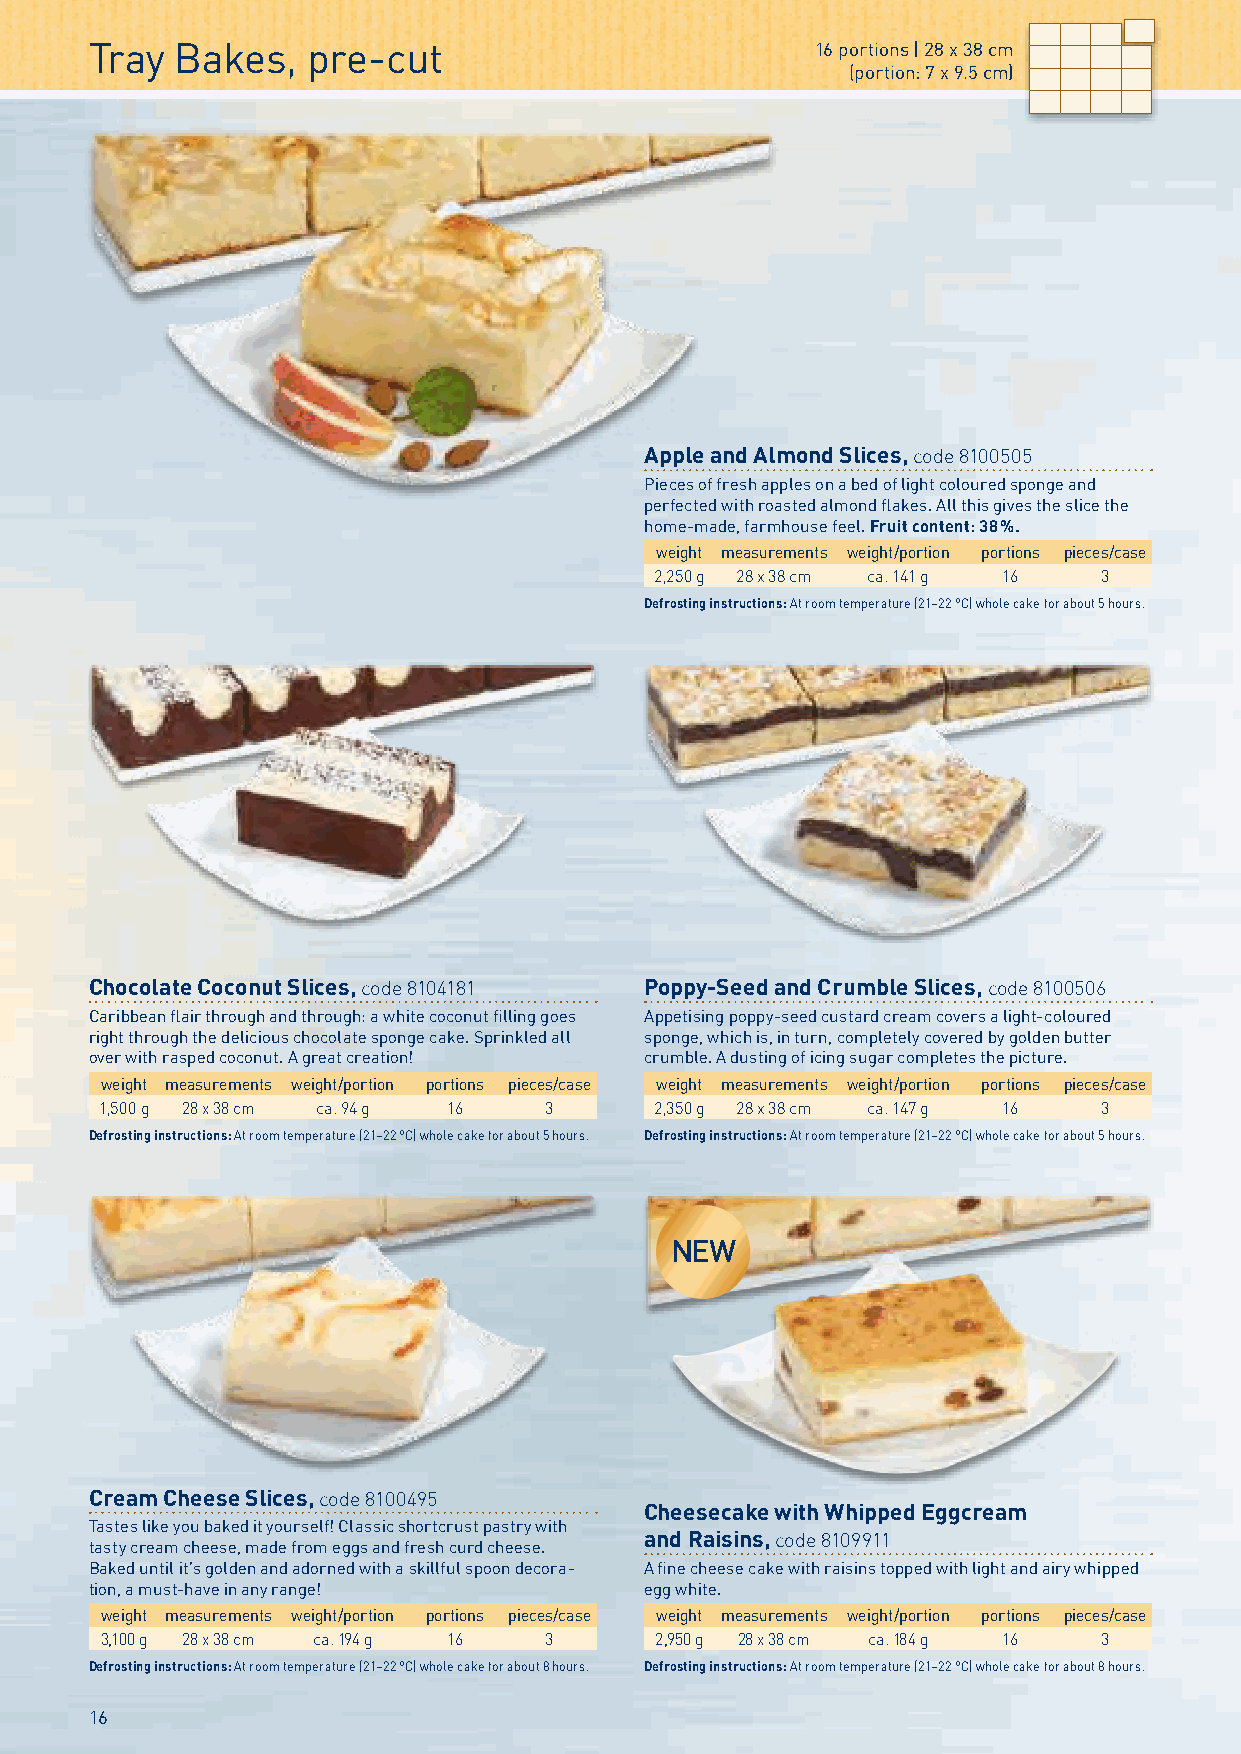
Tray  Bakes,  pre-cut                           16 portions | 28 x 38 cm
 (portion: 7 x 9.5 cm)
 Apple and Almond Slices, code 8100505
 Pieces of fresh apples on a bed of light coloured sponge and
 perfected with roasted almond flakes. All this gives the slice the
 home-made, farmhouse feel. Fruit content: 38 %.
 weight measurements weight/portion portions pieces/case
 2,250 g 28 x 38 cm ca. 141 g 16 3
 Defrosting instructions: At room temperature (21–22 °C) whole cake for about 5 hours.
 Chocolate Coconut Slices, code 8104181 Poppy-Seed and Crumble Slices, code 8100506
 Caribbean flair through and through: a white coconut filling goes Appetising poppy-seed custard cream covers a light-coloured
 right through the delicious chocolate sponge cake. Sprinkled all sponge, which is, in turn, completely covered by golden butter
 over with rasped coconut. A great creation! crumble. A dusting of icing sugar completes the picture.
 weight measurements weight/portion portions pieces/case weight measurements weight/portion portions pieces/case
 1,500 g 28 x 38 cm ca. 94 g 16 3    2,350 g 28 x 38 cm ca. 147 g 16 3
 Defrosting instructions: At room temperature (21–22 °C) whole cake for about 5 hours. Defrosting instructions: At room temperature (21–22 °C) whole cake for about 5 hours.
 NEW
 Cream Cheese Slices, code 8100495
 Cheesecake with Whipped Eggcream
 Tastes like you baked it yourself! Classic shortcrust pastry with
 and Raisins, code 8109911
 tasty cream cheese, made from eggs and fresh curd cheese.
 Baked until it’s golden and adorned with a skillful spoon decora- A fine cheese cake with raisins topped with light and airy whipped
 tion, a must-have in any range!      egg white.
 weight measurements weight/portion portions pieces/case weight measurements weight/portion portions pieces/case
 3,100 g 28 x 38 cm ca. 194 g 16 3   2,950 g 28 x 38 cm ca. 184 g 16 3
 Defrosting instructions: At room temperature (21–22 °C) whole cake for about 8 hours. Defrosting instructions: At room temperature (21–22 °C) whole cake for about 8 hours.
 16